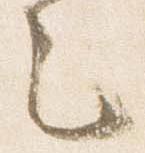
之